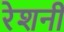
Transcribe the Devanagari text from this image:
रेशनी